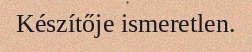
Készítője ismeretlen.